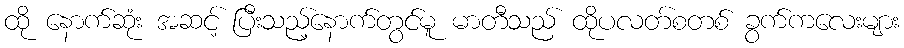
ထို နောက်ဆုံး အဆင့် ပြီးသည့်နောက်တွင်မူ မာတီသည် ထိုပလတ်စတစ် ခွက်ကလေးများ